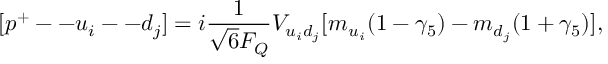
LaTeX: [ p ^ { + } -- u _ { i } -- d _ { j } ] = i \frac { 1 } { \sqrt { 6 } F _ { Q } } V _ { u _ { i } d _ { j } } [ m _ { u _ { i } } ( 1 - \gamma _ { 5 } ) - m _ { d _ { j } } ( 1 + \gamma _ { 5 } ) ] ,